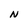
Character: N